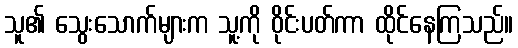
သူ၏ သွေးသောက်များက သူ့ကို ဝိုင်းပတ်ကာ ထိုင်နေကြသည်။